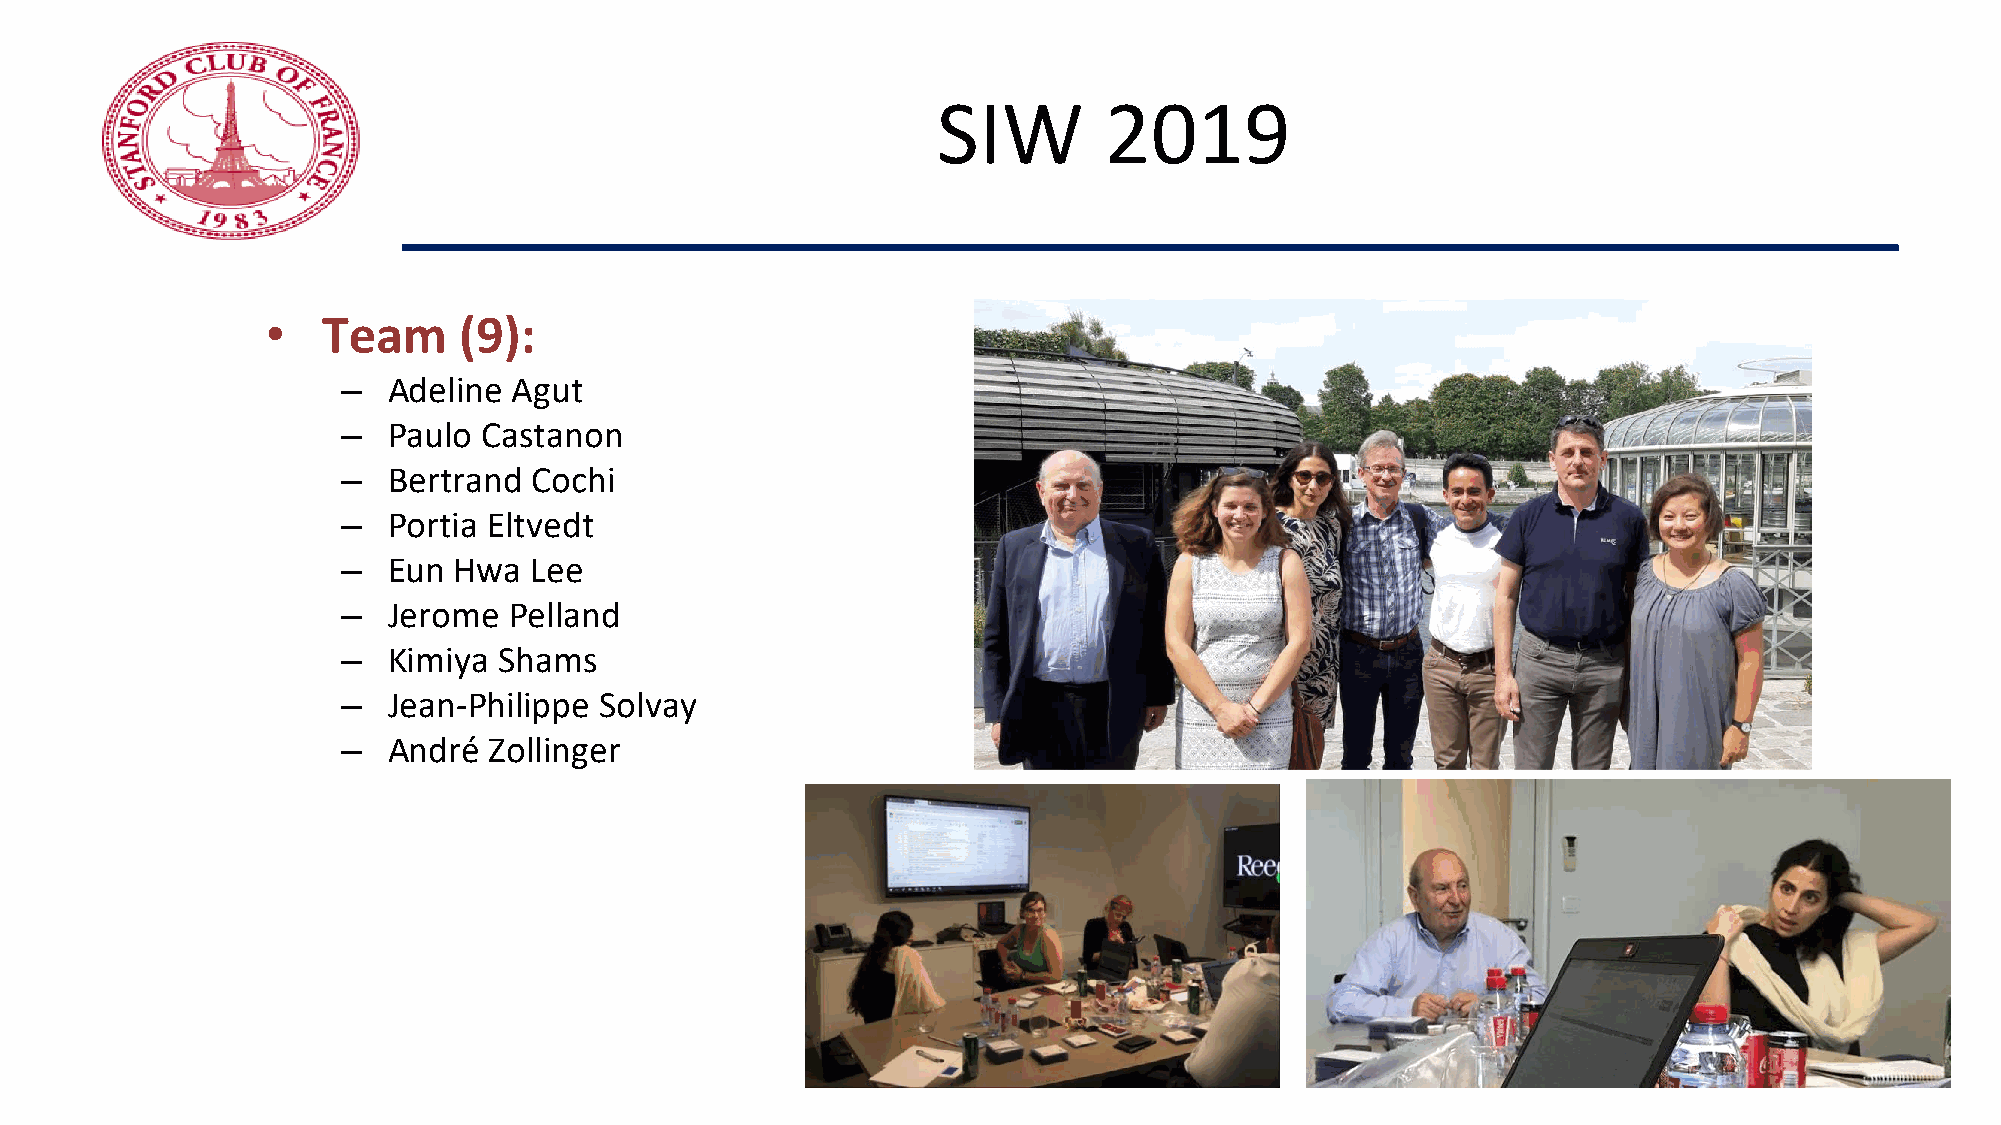
SIW        2019
 •  Team     (9):
 –  Adeline Agut
 –  Paulo Castanon
 –  Bertrand Cochi
 –  Portia Eltvedt
 –  Eun Hwa  Lee
 –  Jerome  Pelland
 –  Kimiya Shams
 –  Jean-Philippe Solvay
 –  André Zollinger